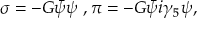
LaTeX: \sigma = - G \bar { \psi } \psi \; , \pi = - G \bar { \psi } i \gamma _ { 5 } \psi ,